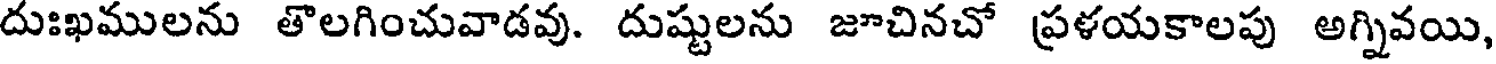
దుఃఖములను తొలగించువాడవు. దుష్టులను జూచినచో ప్రళయకాలపు అగ్నివయి,